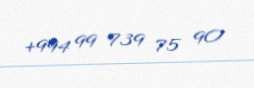
+994 99 739 75 90